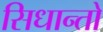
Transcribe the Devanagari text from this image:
सिधान्तो